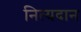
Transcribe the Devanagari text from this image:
नित्यदान